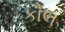
કૌલ